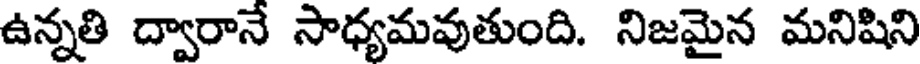
ఉన్నతి ద్వారానే సాధ్యమవుతుంది. నిజమైన మనిషిని